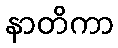
နာတိကာ